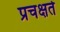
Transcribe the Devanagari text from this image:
प्रचक्षते